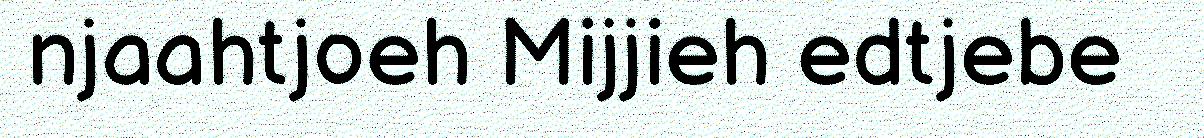
njaahtjoeh Mijjieh edtjebe